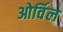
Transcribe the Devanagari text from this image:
ओर्विल